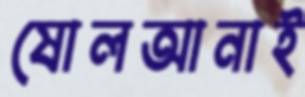
ষোলআনাই